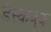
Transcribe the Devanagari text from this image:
डेस्कबुक